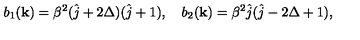
b _ { 1 } ( { \bf k } ) = \beta ^ { 2 } ( \hat { j } + 2 \Delta ) ( \hat { j } + 1 ) , \quad b _ { 2 } ( { \bf k } ) = \beta ^ { 2 } \hat { j } ( \hat { j } - 2 \Delta + 1 ) ,